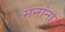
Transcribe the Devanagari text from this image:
मनांना